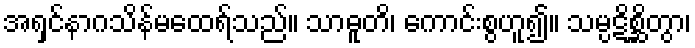
အရှင်နာဂသိန်မထေရ်သည်။ သာဓူတိ၊ ကောင်းစွဟူ၍။ သမ္ပဋိစ္ဆိတွာ၊